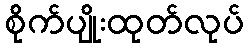
စိုက်ပျိုးထုတ်လုပ်